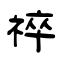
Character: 祽